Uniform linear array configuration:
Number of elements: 24
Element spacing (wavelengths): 0.75
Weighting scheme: cosine
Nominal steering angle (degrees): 45
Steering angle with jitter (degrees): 45.372
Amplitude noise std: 0.05
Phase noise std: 0.05

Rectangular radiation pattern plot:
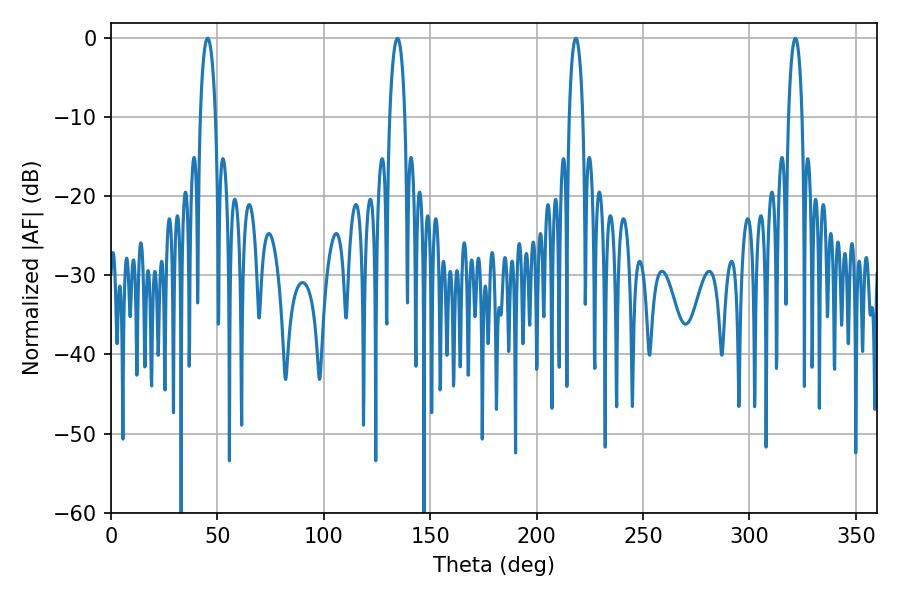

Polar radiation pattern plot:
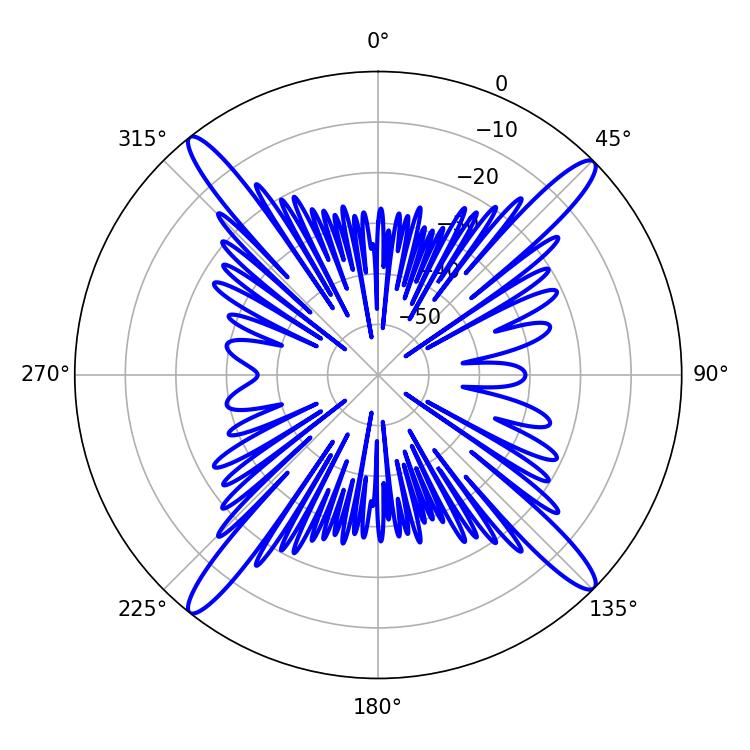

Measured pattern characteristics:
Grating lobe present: TRUE
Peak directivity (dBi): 19.075
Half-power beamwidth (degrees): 4.14
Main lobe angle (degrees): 45.36